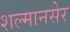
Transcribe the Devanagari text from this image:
शल्मानसेर